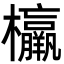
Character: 𣠾